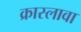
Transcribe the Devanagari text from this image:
क्रास्लावा